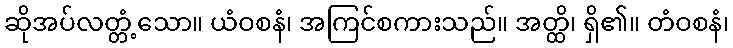
ဆိုအပ်လတ္တံ့သော။ ယံဝစနံ၊ အကြင်စကားသည်။ အတ္ထိ၊ ရှိ၏။ တံဝစနံ၊